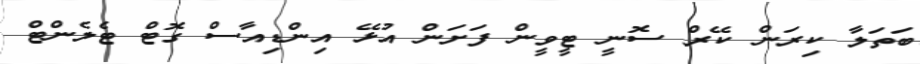
ބަތަލާ ކިރަން ކޭރް ސޮނީ ޓީވީން ފަށަން އުޅޭ އިންޑިއާސް ގޮޓް ޓެލެންޓް